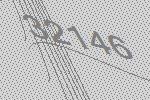
32146